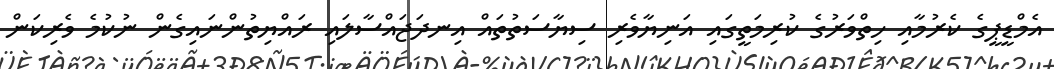
އެމްޑީޕީގެ ކެރުމާއި ހިތްވަރުގެ ކުރިމަތީގައި އަނިޔާވެރި ސިޔާސަތުތައް އިނދަޖައްސާލައި ރައްޔިތުންނައިގެން ނުކުމެ ވެރިކަން